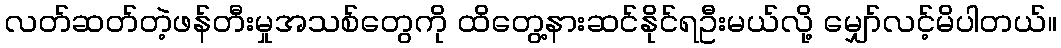
လတ်ဆတ်တဲ့ဖန်တီးမှုအသစ်တွေကို ထိတွေ့နားဆင်နိုင်ရဦးမယ်လို့ မျှော်လင့်မိပါတယ်။